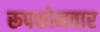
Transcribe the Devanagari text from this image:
रूपकोनवार